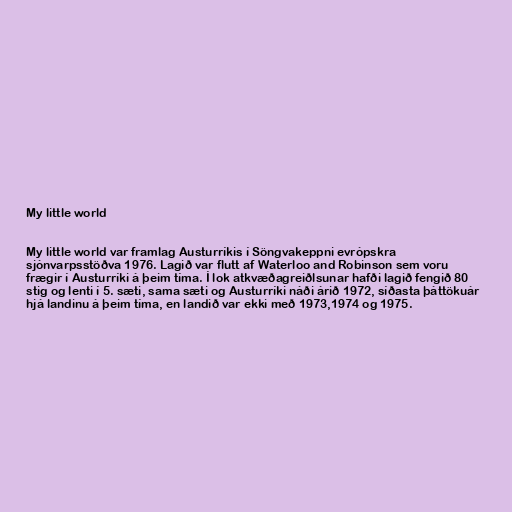
My little world

My little world var framlag Austurríkis í Söngvakeppni evrópskra
sjónvarpsstöðva 1976. Lagið var flutt af Waterloo and Robinson sem voru
frægir í Austurríki á þeim tíma. Í lok atkvæðagreiðlsunar hafði lagið fengið 80
stig og lenti í 5. sæti, sama sæti og Austurríki náði árið 1972, síðasta þáttökuár
hjá landinu á þeim tíma, en landið var ekki með 1973,1974 og 1975.